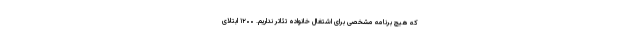
که هیچ برنامه مشخصی برای اشتغال خانواده تئاتر نداریم. ۱۲۰۰ ابتلای